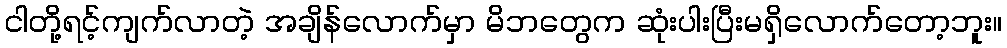
ငါတို့ရင့်ကျက်လာတဲ့ အချိန်လောက်မှာ မိဘတွေက ဆုံးပါးပြီးမရှိလောက်တော့ဘူး။